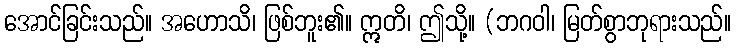
အောင်ခြင်းသည်။ အဟောသိ၊ ဖြစ်ဘူး၏။ ဣတိ၊ ဤသို့။ (ဘဂဝါ၊ မြတ်စွာဘုရားသည်။